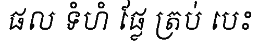
ផល ទំហំ ផ្លែ ត្រប់ បេះ